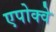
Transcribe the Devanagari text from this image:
एपोक्वे